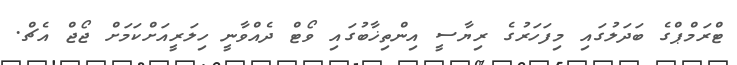
ޓްރަމްޕްގެ ބަދަލުގައި މިފަހަރުގެ ރިޔާސީ އިންތިޚާބުގައި ވޯޓް ދެއްވާނީ ހިލަރީއަށްކަމަށް ޖޯޖް އެޗް.